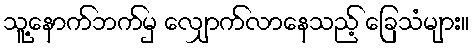
သူ့နောက်ဘက်မှ လျှောက်လာနေသည့် ခြေသံများ။